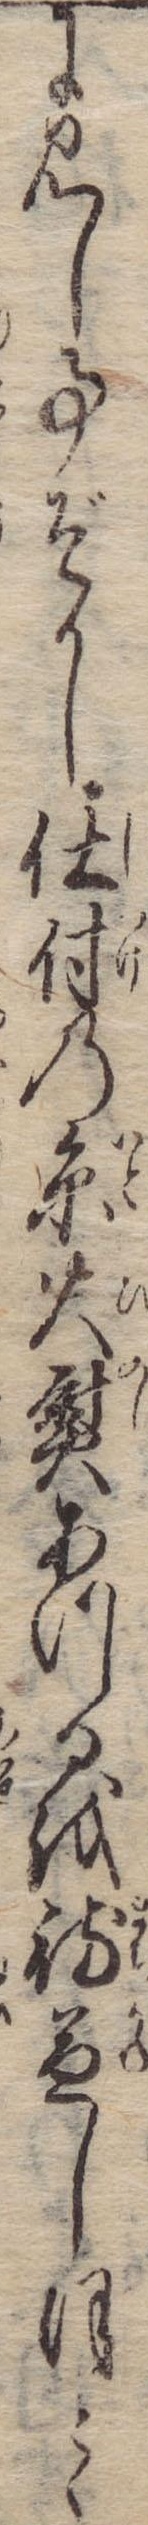
に見し事ぞかし仕付の糸火熨あつるを待兼しほとゝ